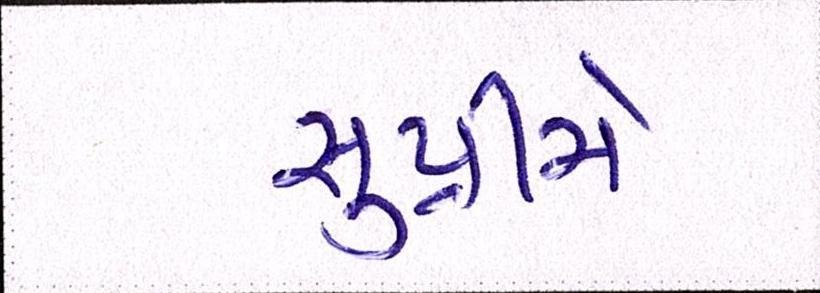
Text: સુપ્રીમે